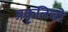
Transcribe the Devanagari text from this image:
प्रकृतिचो